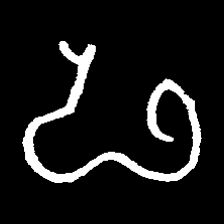
Pyu character \u2014 Myanmar letter: ဖ (romanized: pha)